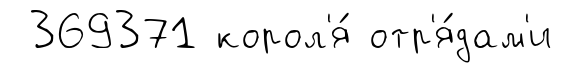
369371 корол'я́ отр'я́дам'и